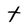
Character: t